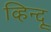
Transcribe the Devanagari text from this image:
व्हिन्दू